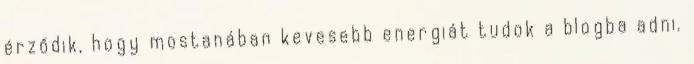
érződik, hogy mostanában kevesebb energiát tudok a blogba adni.